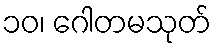
၁၀၊ ဂေါတမသုတ်